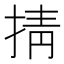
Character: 掅